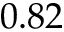
0 . 8 2